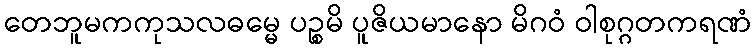
တေဘူမကကုသလဓမ္မေ ပဉ္စမိ ပူဇိယမာနော မိဂဝံ ဝါစုဂ္ဂတကရဏံ